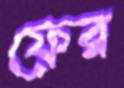
ফের